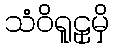
သံဝိရူဠှမှိ